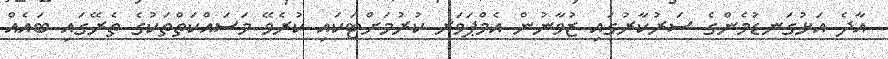
އާދެ އަޅުގަނޑުމެންގެ ސަރުކާރުގައި ޒުވާނުން އެމްޕަވަރ ކުރުމަށްޓަކައި ކުރެވޭ މަސައްކަތްތަކުގެ ތެރޭގައި ބައެއް